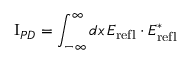
\mathrm { I } _ { P D } = \int _ { - \infty } ^ { \infty } d x \, E _ { \mathrm { r e f l } } \cdot E _ { \mathrm { r e f l } } ^ { * }